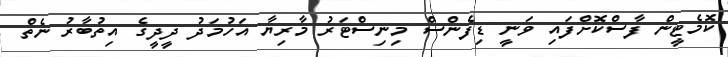
ކޮމެޓީން ފާސްކޮށްފައި ވަނީ ޑިފެންސް މިނިސްޓަރު މާރިޔާ އަހުމަދު ދީދީގެ އިތުބާރު ނެތް